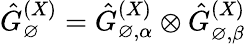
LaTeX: \hat{G}_{\varnothing}^{(X)}=\hat{G}_{\varnothing,\alpha}^{(X)}\otimes\hat{G}_{\varnothing,\beta}^{(X)}